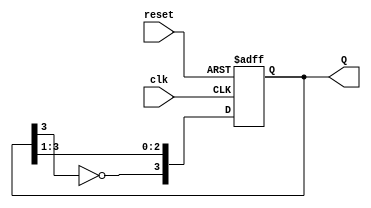
module johnson_counter #(parameter N = 4) (
    input wire clk,       // Clock input
    input wire reset,     // Asynchronous reset
    output reg [N-1:0] Q // Output state of the counter
);

    // Internal signal for feedback
    wire feedback;

    // Invert the last output for the feedback
    assign feedback = ~Q[N-1];

    always @(posedge clk or posedge reset) begin
        if (reset) begin
            // Synchronous reset: initialize the counter to 0
            Q <= {N{1'b0}};
        end else begin
            // Shift the values: feedback to the first flip-flop
            Q <= {feedback, Q[N-1:1]};
        end
    end

endmodule